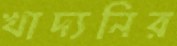
খাদ্যনির